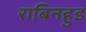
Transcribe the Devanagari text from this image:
राबिनहुड